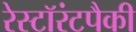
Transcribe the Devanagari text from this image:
रेस्टॉरंटपैकी